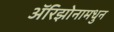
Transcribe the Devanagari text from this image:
अॅरिझोनामधुन